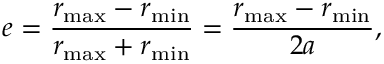
e = { \frac { r _ { \mathrm { m a x } } - r _ { \mathrm { m i n } } } { r _ { \mathrm { m a x } } + r _ { \mathrm { m i n } } } } = { \frac { r _ { \mathrm { m a x } } - r _ { \mathrm { m i n } } } { 2 a } } ,